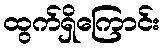
ထွက်ရှိကြောင်း